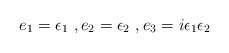
\begin{align*}e_1={\epsilon}_1~ , e_2={\epsilon}_2~ , e_3=i{\epsilon}_1{\epsilon}_2\end{align*}